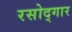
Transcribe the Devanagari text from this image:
रसोद्गार